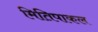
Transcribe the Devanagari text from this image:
मितिपाकल